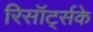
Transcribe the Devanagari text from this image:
रिसॉर्ट्सके